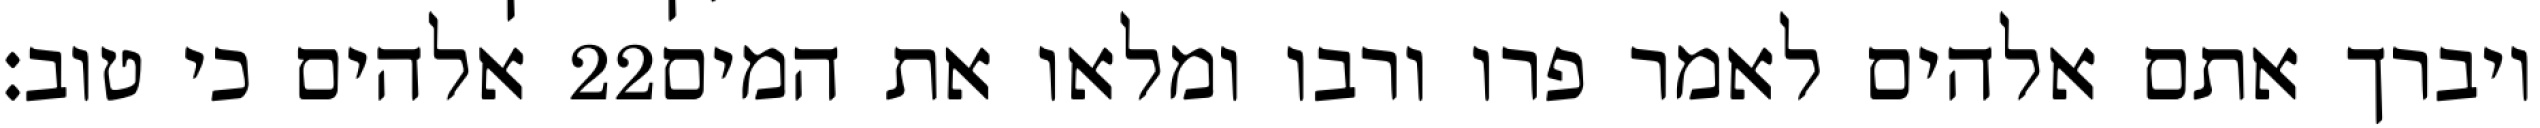
אלהים כי טוב׃ ‎22‏ ויברך אתם אלהים לאמר פרו ורבו ומלאו את המים